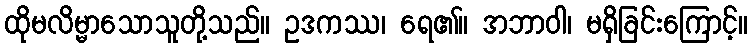
ထိုမလိမ္မာသောသူတို့သည်။ ဥဒကဿ၊ ရေ၏။ အဘာဝါ၊ မရှိခြင်းကြောင့်။